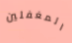
المغفلين